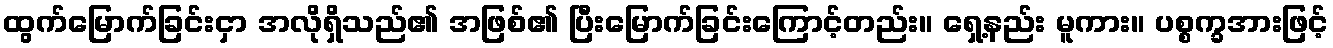
ထွက်မြောက်ခြင်းငှာ အလိုရှိသည်၏ အဖြစ်၏ ပြီးမြောက်ခြင်းကြောင့်တည်း။ ရှေ့နည်း မူကား။ ပစ္စက္ခအားဖြင့်